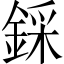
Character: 𨨫